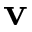
\mathbf { v }